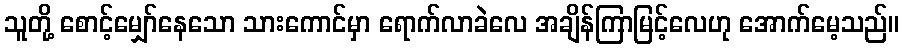
သူတို့ စောင့်မျှော်နေသော သားကောင်မှာ ရောက်လာခဲလေ အချိန်ကြာမြင့်လေဟု အောက်မေ့သည်။